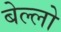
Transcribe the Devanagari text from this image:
बेल्लो